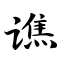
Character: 谯